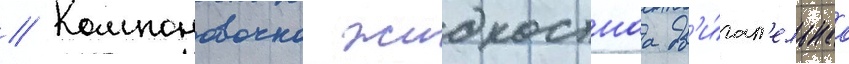
// Компоновочно жидкостнаа дв'и́гат'ельнаа